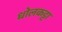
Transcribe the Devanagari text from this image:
धोलकट्टा